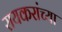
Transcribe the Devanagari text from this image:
रायकरांच्या